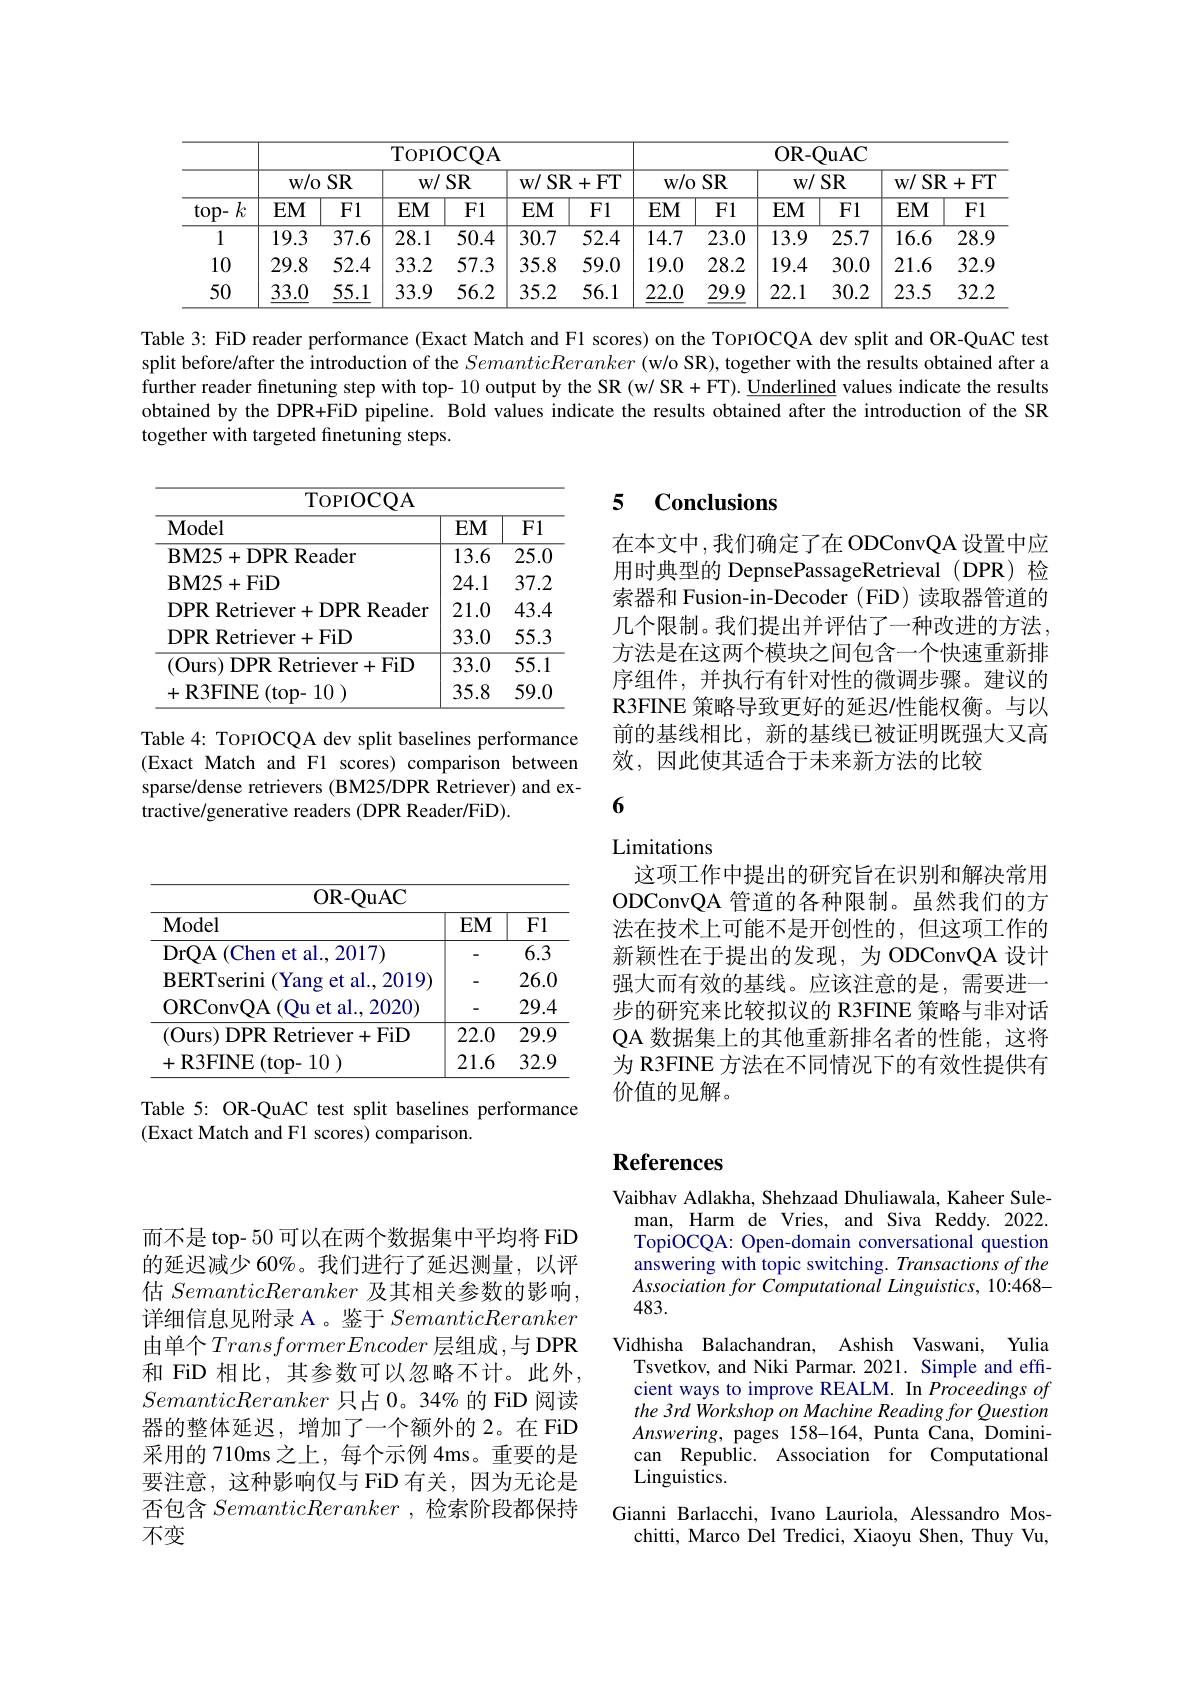
<table>
	<tbody>
		<tr>
			<th rowspan="3">$top-k$</th>
			<th colspan="6">TOPIOCQA</th>
			<th colspan="6">OR- QuAC</th>
		</tr>
		<tr>
			<th colspan="2">w/o SR</th>
			<th colspan="2">$SR$ $W/S$</th>
			<th colspan="2">SR+FT $W/$</th>
			<th colspan="2">w/o SR</th>
			<th colspan="2">$SR$ $w/s$</th>
			<th colspan="2">+FT $W/SR$ + </th>
		</tr>
		<tr>
			<th>$EM$</th>
			<th>F1</th>
			<th>$EM$</th>
			<th>$F1$</th>
			<th>$EM$</th>
			<th></th>
			<th>$EM$</th>
			<th>F1</th>
			<th>$EM$</th>
			<th>F1</th>
			<th>$EM$</th>
			<th>Fl</th>
		</tr>
		<tr>
			<td>1</td>
			<td>19.3</td>
			<td>37.6</td>
			<td>28.1</td>
			<td>50.4</td>
			<td>30.7</td>
			<td>52.4</td>
			<td>14.7</td>
			<td>23.0</td>
			<td>13.9</td>
			<td>25.7</td>
			<td>16.6</td>
			<td>28.9</td>
		</tr>
		<tr>
			<td>10</td>
			<td>29.8</td>
			<td>52.4</td>
			<td>33.2</td>
			<td>57.3</td>
			<td>35.8</td>
			<td>59.0</td>
			<td>19.0</td>
			<td>28.2</td>
			<td>19.4</td>
			<td>30.0</td>
			<td>21.6</td>
			<td>32.9</td>
		</tr>
		<tr>
			<td>50</td>
			<td>33.0</td>
			<td>55.1</td>
			<td>33.9</td>
			<td>56.2</td>
			<td>35.2</td>
			<td>56.1</td>
			<td>22.0</td>
			<td>29.9</td>
			<td>22.1</td>
			<td>30.2</td>
			<td>23.5</td>
			<td>32.2</td>
		</tr>
	</tbody>
</table>

Table 3: FiD reader performance (Exact Match and F1 scores) on the ToPIOCQA dev split and OR-QuAC test split before/after the introduction of the SemanticReranker (w/o SR), together with the results obtained after a further reader finetuning step with top- 10 output by the SR (w/ SR+ FT). $\underline{\text{Underlined}}$ values indicate the results obtained by the DPR+FiD pipeline. Bold values indicate the results obtained after the introduction of the SR together with targeted finetuning steps.

### 5 $\textbf{Conclusions}$

<table>
	<tbody>
		<tr>
			<th>$\mathbf{v}\mathbf{v}^{n}$ Model</th>
			<th>$EM$</th>
			<th>F1</th>
		</tr>
		<tr>
			<td>BM25+DPR Reader</td>
			<td>13.6</td>
			<td>25.0</td>
		</tr>
		<tr>
			<td>BM25+ FiD</td>
			<td>24.1</td>
			<td>37.2</td>
		</tr>
		<tr>
			<td>DPR Retriever+DPR Reader</td>
			<td>21.0</td>
			<td>43.4</td>
		</tr>
		<tr>
			<td>DPR Retriever+FiD</td>
			<td>33.0</td>
			<td>55.3</td>
		</tr>
		<tr>
			<td>(Ours) DPR Retriever+FiD</td>
			<td>33.0</td>
			<td>$\overline{55.1}$</td>
		</tr>
		<tr>
			<td>$+\mathbf{R}3$FINE (top- 10 )</td>
			<td>35.8</td>
			<td>59.0</td>
		</tr>
	</tbody>
</table>

在本文中，我们确定了在 ODConvQA 设置中应用时典型的 DepnsePassageRetrieval (DPR) 检索器和 Fusion-in-Decoder (FiD) 读取器管道的几个限制。我们提出并评估了一种改进的方法， 方法是在这两个模块之间包含一个快速重新排序组件，并执行有针对性的微调步骤。建议的R3FINE 策略导致更好的延迟/性能权衡。与以前的基线相比，新的基线已被证明既强大又高效，因此使其适合于未来新方法的比较

Table 4: TopIOCQA dev split baselines performance (Exact Match and F1 scores) comparison between sparse/dense retrievers (BM25/DPR Retriever) and extractive/generative readers (DPR Reader/FiD).

6

Limitations

这项工作中提出的研究旨在识别和解决常用ODConvQA 管道的各种限制。虽然我们的方法在技术上可能不是开创性的，但这项工作的新颖性在于提出的发现，为 ODConvQA 设计强大而有效的基线。应该注意的是，需要进一步的研究来比较拟议的 R3FINE 策略与非对话QA 数据集上的其他重新排名者的性能，这将为 R3FINE 方法在不同情况下的有效性提供有价值的见解。

<table>
	<tbody>
		<tr>
			<th>OR- QuAC 1</th>
			<th>$\mathbf{EM}$</th>
			<th>$\mathbf{E1}$</th>
		</tr>
		<tr>
			<td>DrOA (Chen et al., 2017)</td>
			<td>$\mathbf{U}_{\mathbf{I}}$</td>
			<td>4 $\overline{6.3}$</td>
		</tr>
		<tr>
			<td>BERTserini Yang et al..2019) </td>
			<td> </td>
			<td>26.0</td>
		</tr>
		<tr>
			<td>ORConvOA ( Ou et al. . 2020) </td>
			<td>-</td>
			<td>29.4</td>
		</tr>
		<tr>
			<td>(Ours) DPR Retriever+FiD</td>
			<td>22.0</td>
			<td>29.9</td>
		</tr>
		<tr>
			<td>+R3FINE (top-10)</td>
			<td>21.6</td>
			<td>32.9</td>
		</tr>
	</tbody>
</table>

Table 5: OR-QuAC test split baselines performance
(Exact Match and F1 scores) comparison.

# References

Vaibhav Adlakha, Shehzaad Dhuliawala, Kaheer Sule-
man, Harm de Vries, and Siva Reddy. 2022. TopiOCQA: Open-domain conversational question answering with topic switching. Transactions of the Association for Computational Linguistics, 10:468- 483.
Vidhisha Balachandran, Ashish Vaswani, Yulia Tsvetkov, and Niki Parmar. 2021. Simple and effcient ways to improve REALM. In Proceedings of the 3rd Workshop on Machine Reading for Question $Answering$, pages 158-164, Punta Cana, Dominican Republic. Association for Computational Linguistics.
Gianni Barlacchi, Ivano Lauriola, Alessandro Moschitti, Marco Del Tredici, Xiaoyu Shen, Thuy Vu,

而不是 top- 50 可以在两个数据集中平均将 FiD 的延迟减少 60%。我们进行了延迟测量，以评估 SemanticReranker 及其相关参数的影响， 详细信息见附录 A 。鉴于SemanticReranker 由单个TransformerEncoder层组成，与 DPR 和 FiD 相比，其参数可以忽略不计。此外， SemanticReranker只占 0。34% 的 FiD 阅读器的整体延迟，增加了一个额外的 2。在 FiD 采用的 710ms 之上，每个示例 4ms。重要的是要注意，这种影响仅与 FiD 有关，因为无论是否包含SemanticReranker ,检索阶段都保持不变